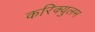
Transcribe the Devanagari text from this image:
करिक्युलम